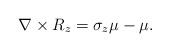
LaTeX: \begin{align*}\nabla \times R_z = \sigma_z \mu - \mu.\end{align*}